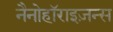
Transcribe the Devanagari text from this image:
नैनोहॉराइज़न्स